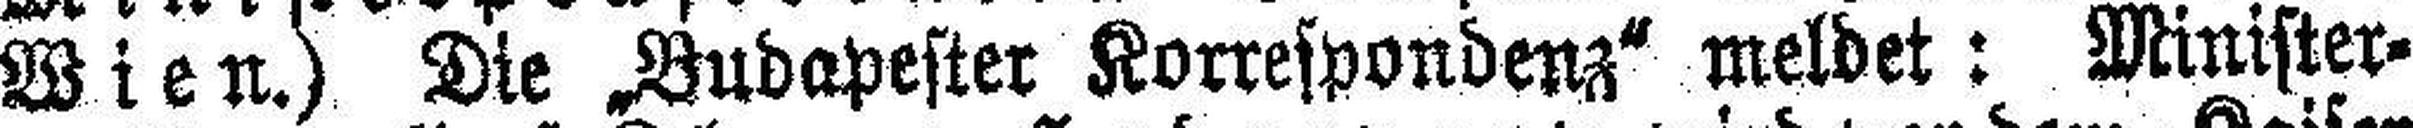
Wien.) Die „Budapester Korrespondenz“ meldet: Minister¬